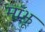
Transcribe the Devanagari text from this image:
माँझू